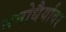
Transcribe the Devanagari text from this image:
मनोधैर्यावर